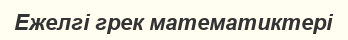
Ежелгі грек математиктері